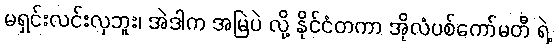
မရှင်းလင်းလှဘူး၊ အဲဒါက အမြဲပဲ လို့ နိုင်ငံတကာ အိုလံပစ်ကော်မတီ ရဲ့